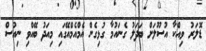
ޑޮލަރު ވިއްކާ އުސޫލަށް ބަދަލު ގެނައުމާ ގުޅިގެން އެމްއެމްއޭގައި މިއަދު ބޭއްވި ނިއުސް